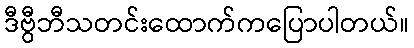
ဒီဗွီဘီသတင်းထောက်ကပြောပါတယ်။